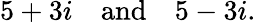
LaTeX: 5+3i\quad{\mathrm{and}}\quad 5-3i.